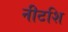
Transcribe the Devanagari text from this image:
नीटशि